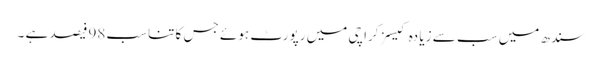
سندھ میں سب سے زیا دہ کیسز کراچی میں رپورٹ ہوئے جس کا تناسب 98فیصد ہے ۔